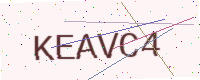
Text: KEAVC4